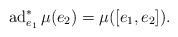
LaTeX: \begin{align*}\operatorname{ad}^*_{e_1} \mu(e_2) = \mu([e_1, e_2]).\end{align*}